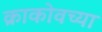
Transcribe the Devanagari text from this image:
क्राकोवच्या